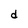
Character: d